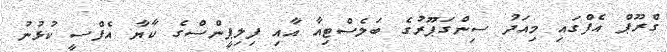
ގްރޫޕް އެފްގައި މިއަދު ސިންގަޕޫރުގެ ބަލެސްޓިއާ އާއި ފިލިޕީންސްގެ ކާޔާ އެފްސީ ކުޅުނު